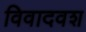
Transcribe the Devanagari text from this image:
विवादवश